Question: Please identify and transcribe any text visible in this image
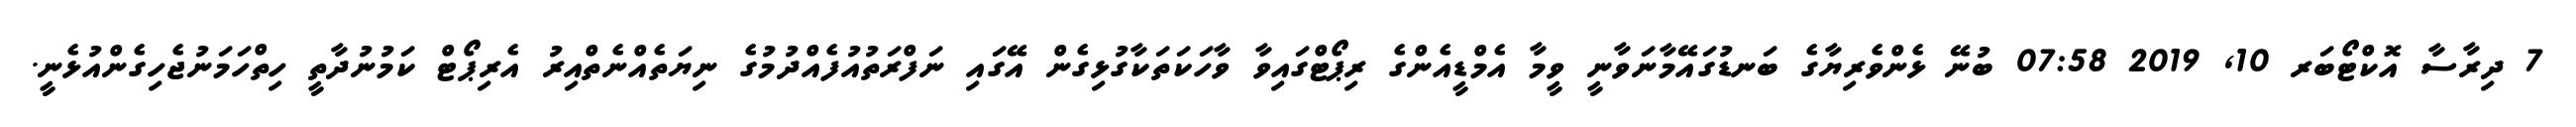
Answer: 7 ދިރާސާ އޮކްޓޯބަރ 10, 2019 07:58 ބުނޭ ޅެންވެރިޔާގެ ބަނޑުގައޭމާނަވާނީ ވީމާ އެމްޑީއެންގެ ރިޕޯޓްގައިވާ ވާހަކަތަކާގުޅިގެން އޭގައި ނަފްރަތުއުފެއްދުމުގެ ނިޔަތެއްނެތްއިރު އެރިޕޯޓް ކަމުނުދާތީ ހިތްހަމަނުޖެހިގެންއުޅެނީ.